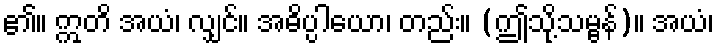
၏။ ဣတိ အယံ၊ လျှင်။ အဓိပ္ပါယော၊ တည်း။ (ဤသို့သမ္ဗန်)။ အယံ၊